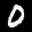
Label: 0